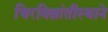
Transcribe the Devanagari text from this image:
चिरविश्रांतीस्थाने